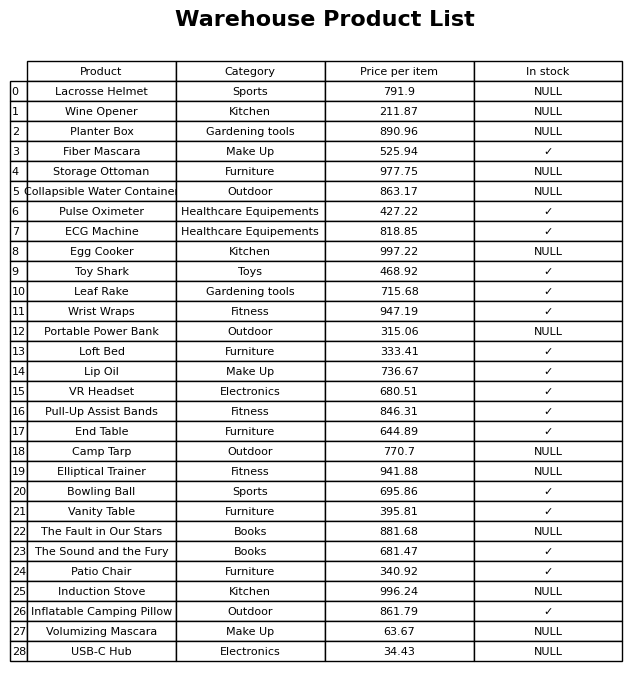
question: What is the price for VR Headset?
answer: The price of VR Headset is 680.51.